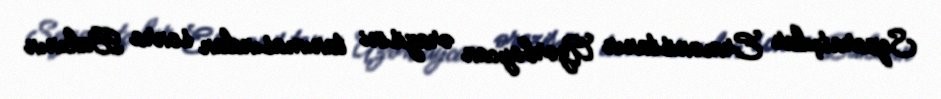
Separatçılar Ermənistanın Azərbaycan ərazisini tanımasından sonra Bakının